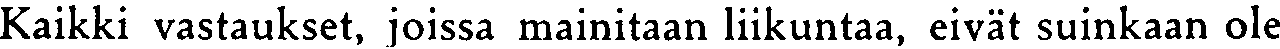
Kaikki vastaukset, joissa mainitaan liikuntaa, eivät suinkaan ole